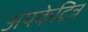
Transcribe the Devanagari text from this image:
अपकेद्रित्र